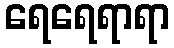
ရေရေရာရာ